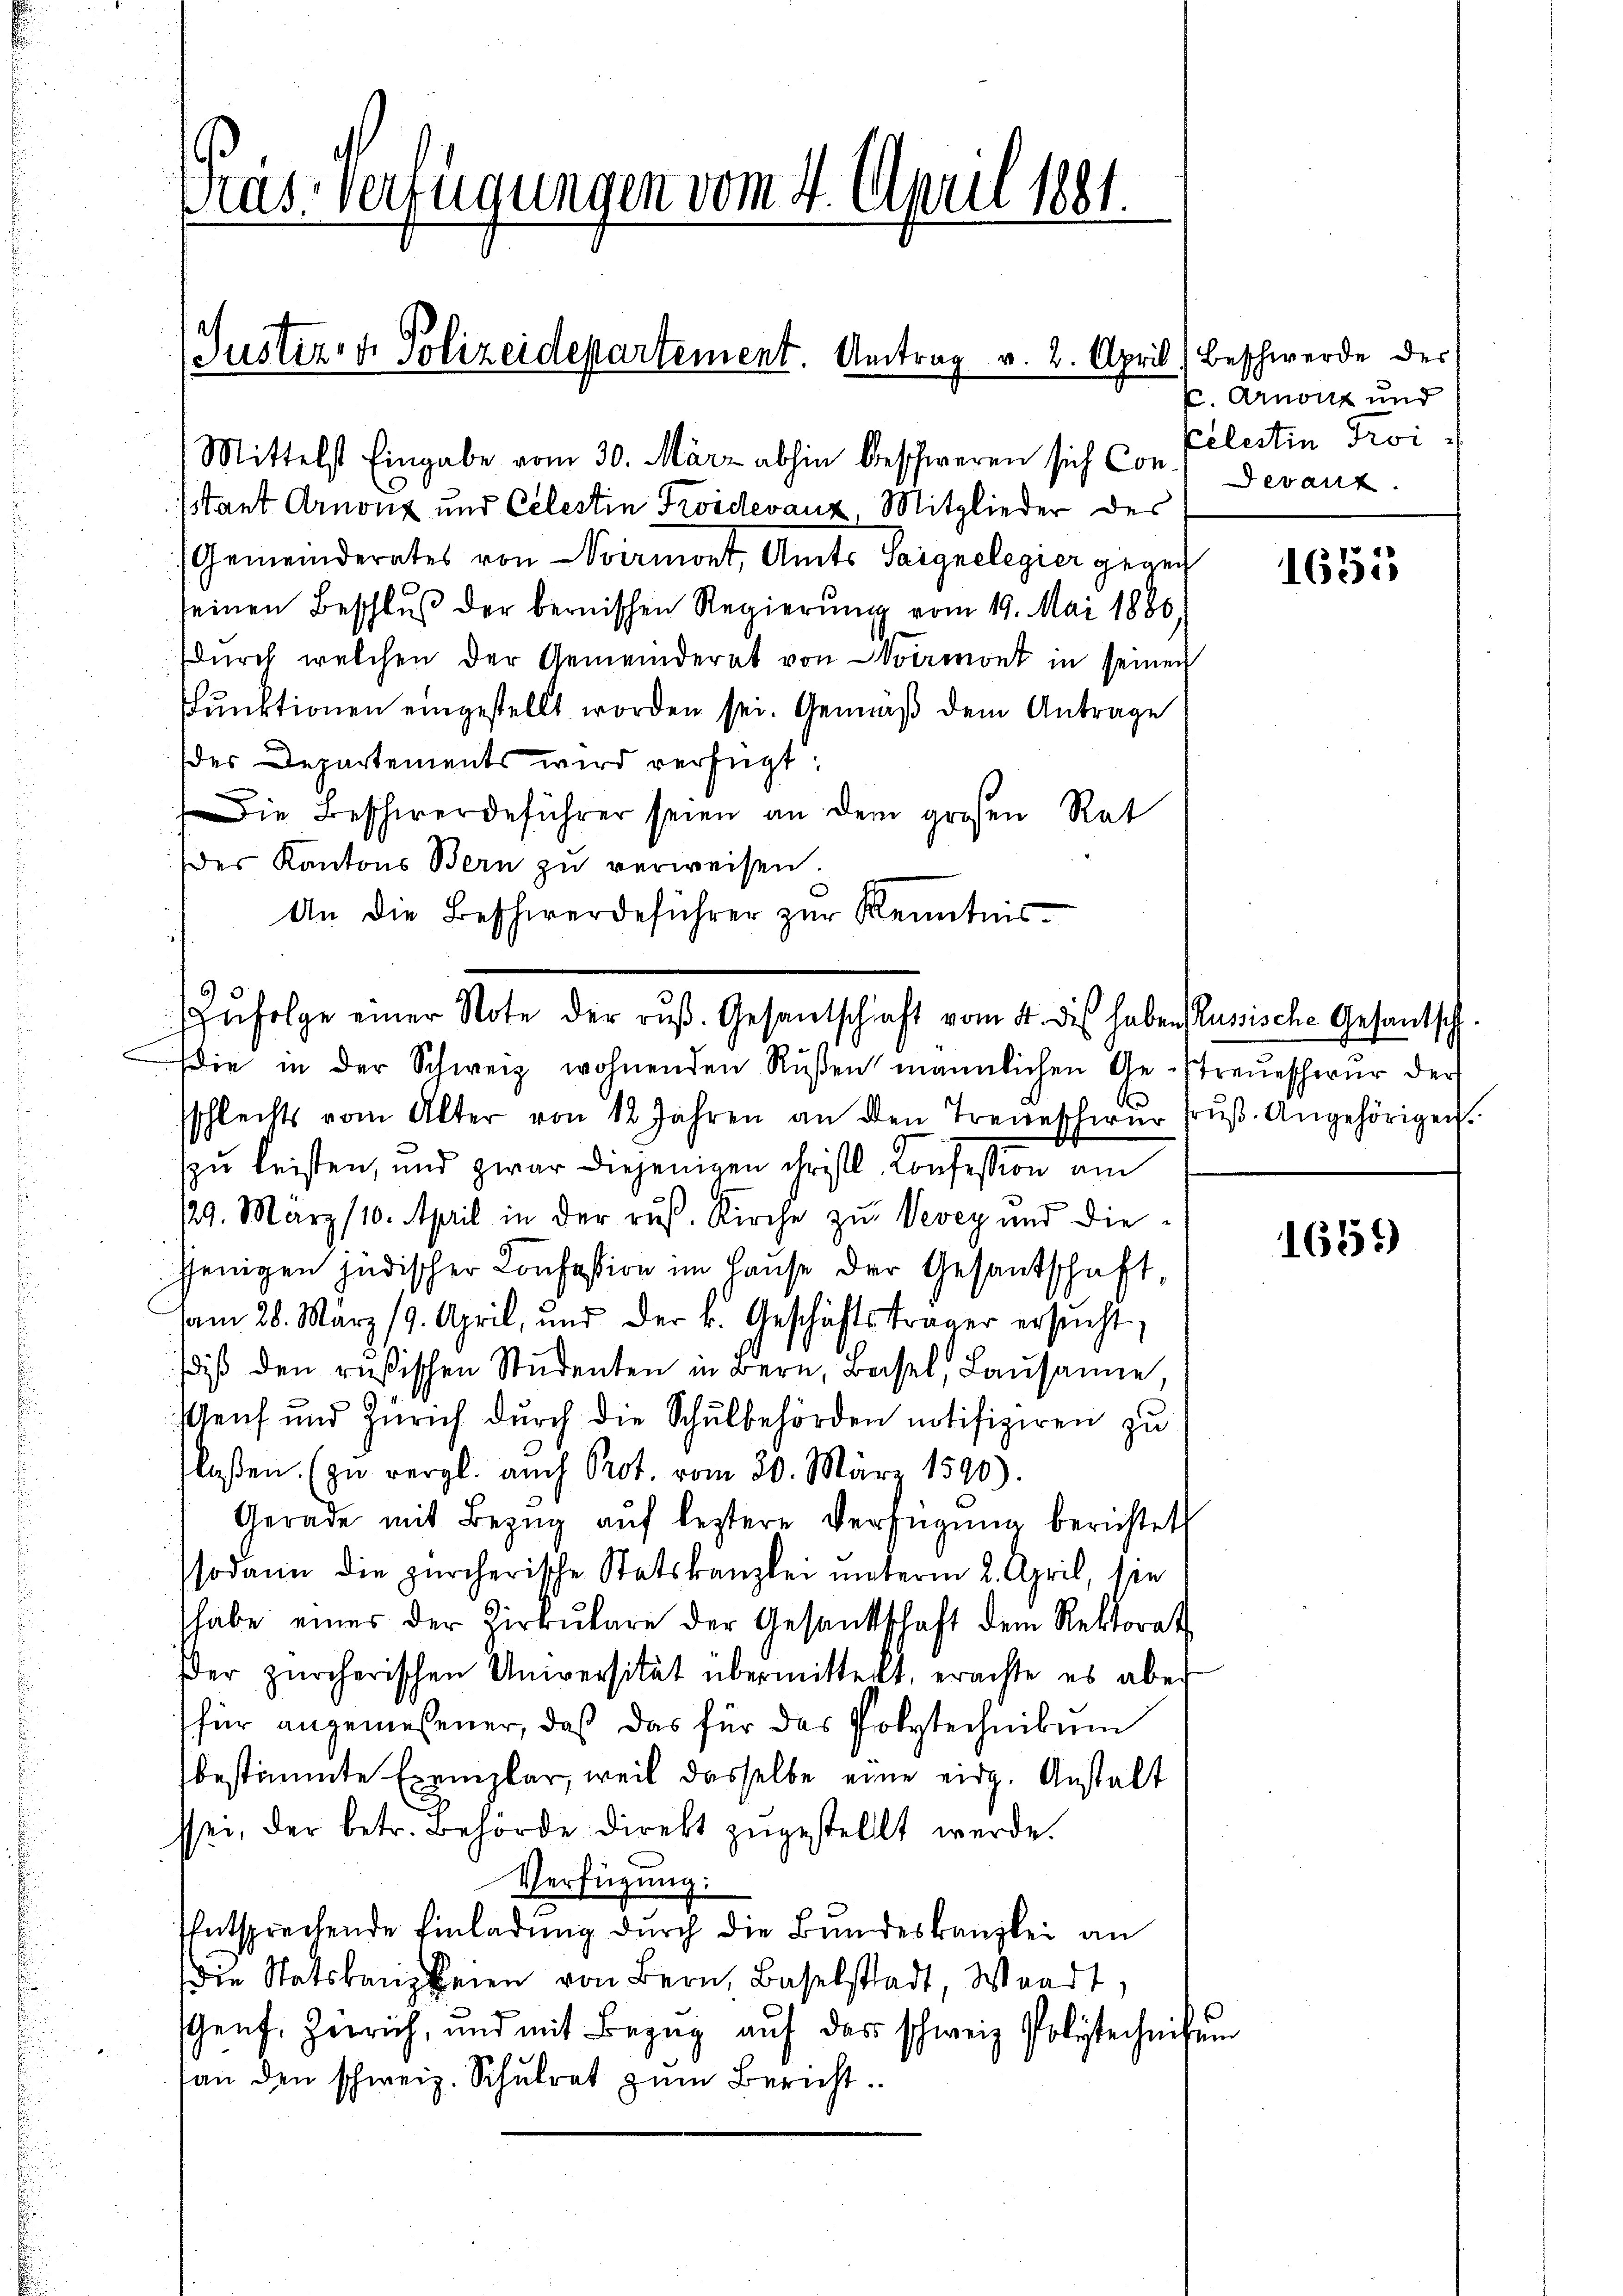
Mittelst Eingabe vom 30. März abhin beschweren sich Con. Devanz
sitant Arnonz und Celestin Troidevanz, Mitglieder des
Gemeinderates von vermont, Amts Saignelegier gegen
seinen Beschlŭβ der bernischen Regierŭng vom 19. Mai 1886.
Dŭrch welchen der Gemeinderat von Vermont in seinen
Punktionen eingestellt worden sei. Gemäß dem Antrage
des Departements wird verfügt:
Die Beschwerdeführer seien an dem großen Rat
der Kantons Bern zu verweisen.
An die Beschwerdeführer zŭr Kenntnis-
ie in der Schweiz wohnenden Rŭβen männlichen Ge-treŭeschwur der
sschlechts vom Alter von 12 Jahren an den Treueschwŭr frŭβ-Angehörigen.
zu leisten, und zwar diejenigen christl. Confession am
29. März 110. April in der rus. Kirche zu Vevey und diejenigen jüdischer Confession im Hause der Gesantschaft,
am 28. März 19. April, und der k. Geschäftsträger ersŭcht,
di den rŭsischen Studenten in Bern, Basel, Lausanne,
Genf und Zürich durch die Schulbehörden notifiziren zu
laßen. (zu vergl. auch Prot. vom 30. März 1590).
Gerade mit Bezŭg aŭf leztere Verfügung berichtet
sodann die zürcherische Statskanzlei unterm 2. April, sie
shabe einer der Zirkŭlare der Gesandtschaft dem Rektorat
Der zürcherischen Universität übermittellt, erachte es aber
für angemeßener, daß das für das Polytechnikum
bestimmte Exemplar, weil dasselbe eine eidg. Anstalt
ssei, der betr. Behörde direkt zugestellt werde.
Verfügung:
Entsprechende Einladung durch die Bundeskanzlei an
Die Statskanzleien von Bern, Baselstadt, Waadt.
sGenf. Zerrich, und mit Bezŭg aŭf das schweiz. Polstechniß
an den schweiz. Schulrat zŭm Bericht.

Pras. Verfügungen vom 4. April 1881.

(Justiz- & Polizeidepartement. Antrag v. 2. April (Beschwerde des

Zŭfolge einer Note der aŭβ. Gesandschaft vom 4. des haben Russische Gesantsch.

C. Arnon und
Celestin Troi

1655

er

165)